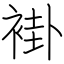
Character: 褂